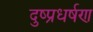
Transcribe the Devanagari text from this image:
दुष्प्रधर्षण